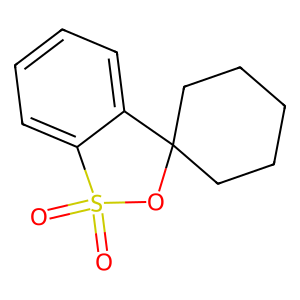
SMILES: O=S1(=O)OC2(CCCCC2)c2ccccc21
Inhibits HIV replication: No